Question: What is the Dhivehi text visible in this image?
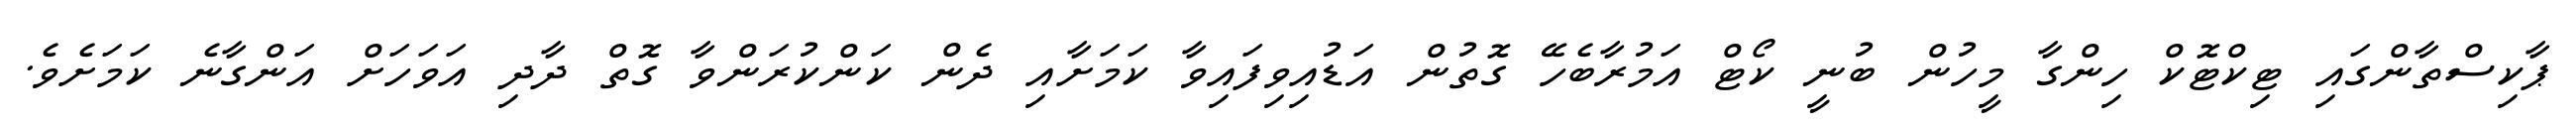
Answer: ޕާކިސްތާންގައި ޓިކްޓޮކް ހިންގާ މީހުން ބުނީ ކޯޓް އަމުރާބެހޭ ގޮތުން އަޑުއިވިފައިވާ ކަމަށާއި ދެން ކަންކުރަންވާ ގޮތް ދާދި އަވަހަށް އަންގާނެ ކަމަށެވެ.